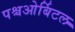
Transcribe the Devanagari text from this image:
पश्चओर्बिटल